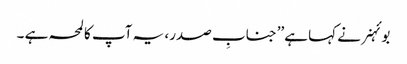
بوئہنر نے کہا ہے’’جنابِ صدر، یہ آپ کا لمحہ ہے ۔